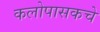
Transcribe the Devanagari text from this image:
कलोपासकचे